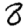
Digit: 8